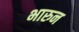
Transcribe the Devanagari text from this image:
भारुन